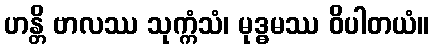
ဟန္တိ ဗာလဿ သုက္ကံသံ၊ မုဒ္ဓမဿ ဝိပါတယံ။